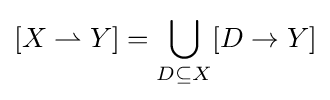
[X\rightharpoonup Y]=\bigcup _{D\subseteq X}[D\to Y]